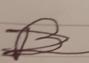
Signature authenticity: forged